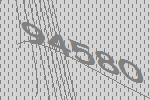
94580